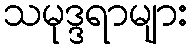
သမုဒ္ဒရာများ